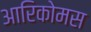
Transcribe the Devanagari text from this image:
आरिकोमस